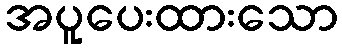
အပူပေးထားသော